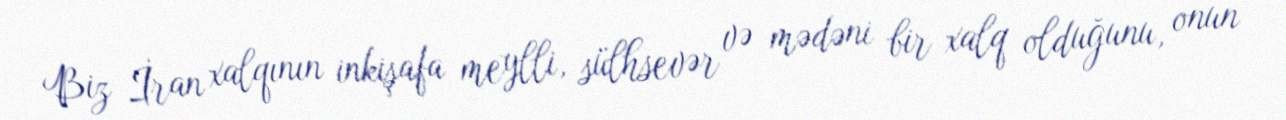
Biz İran xalqının inkişafa meylli, sülhsevər və mədəni bir xalq olduğunu, onun